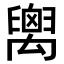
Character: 𥝈